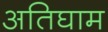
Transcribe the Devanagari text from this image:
अतिघाम